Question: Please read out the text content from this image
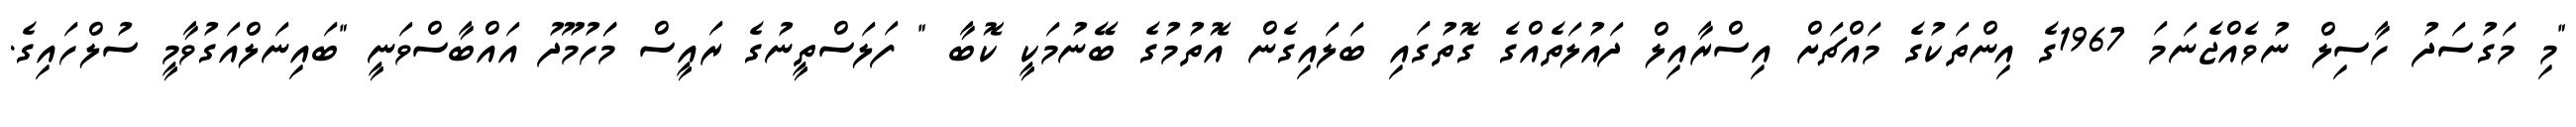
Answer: "މި މަގުސަދު ހާސިލް ނުވެއްޖެނަމަ 1967ގެ އިންތަކުގެ މައްޗަށް އިސްރާއިލް ދައުލަތެއްގެ ގޮތުގައި ބަލައިގެން އޮތުމުގެ ބޭނުމަކީ ކޮބާ " ފަލަސްތީނުގެ ރައީސް މަަހުމޫދު އައްބާސްވަނީ "ބައިނަލްއަގުވާމީ ސުލްހައިގެ.